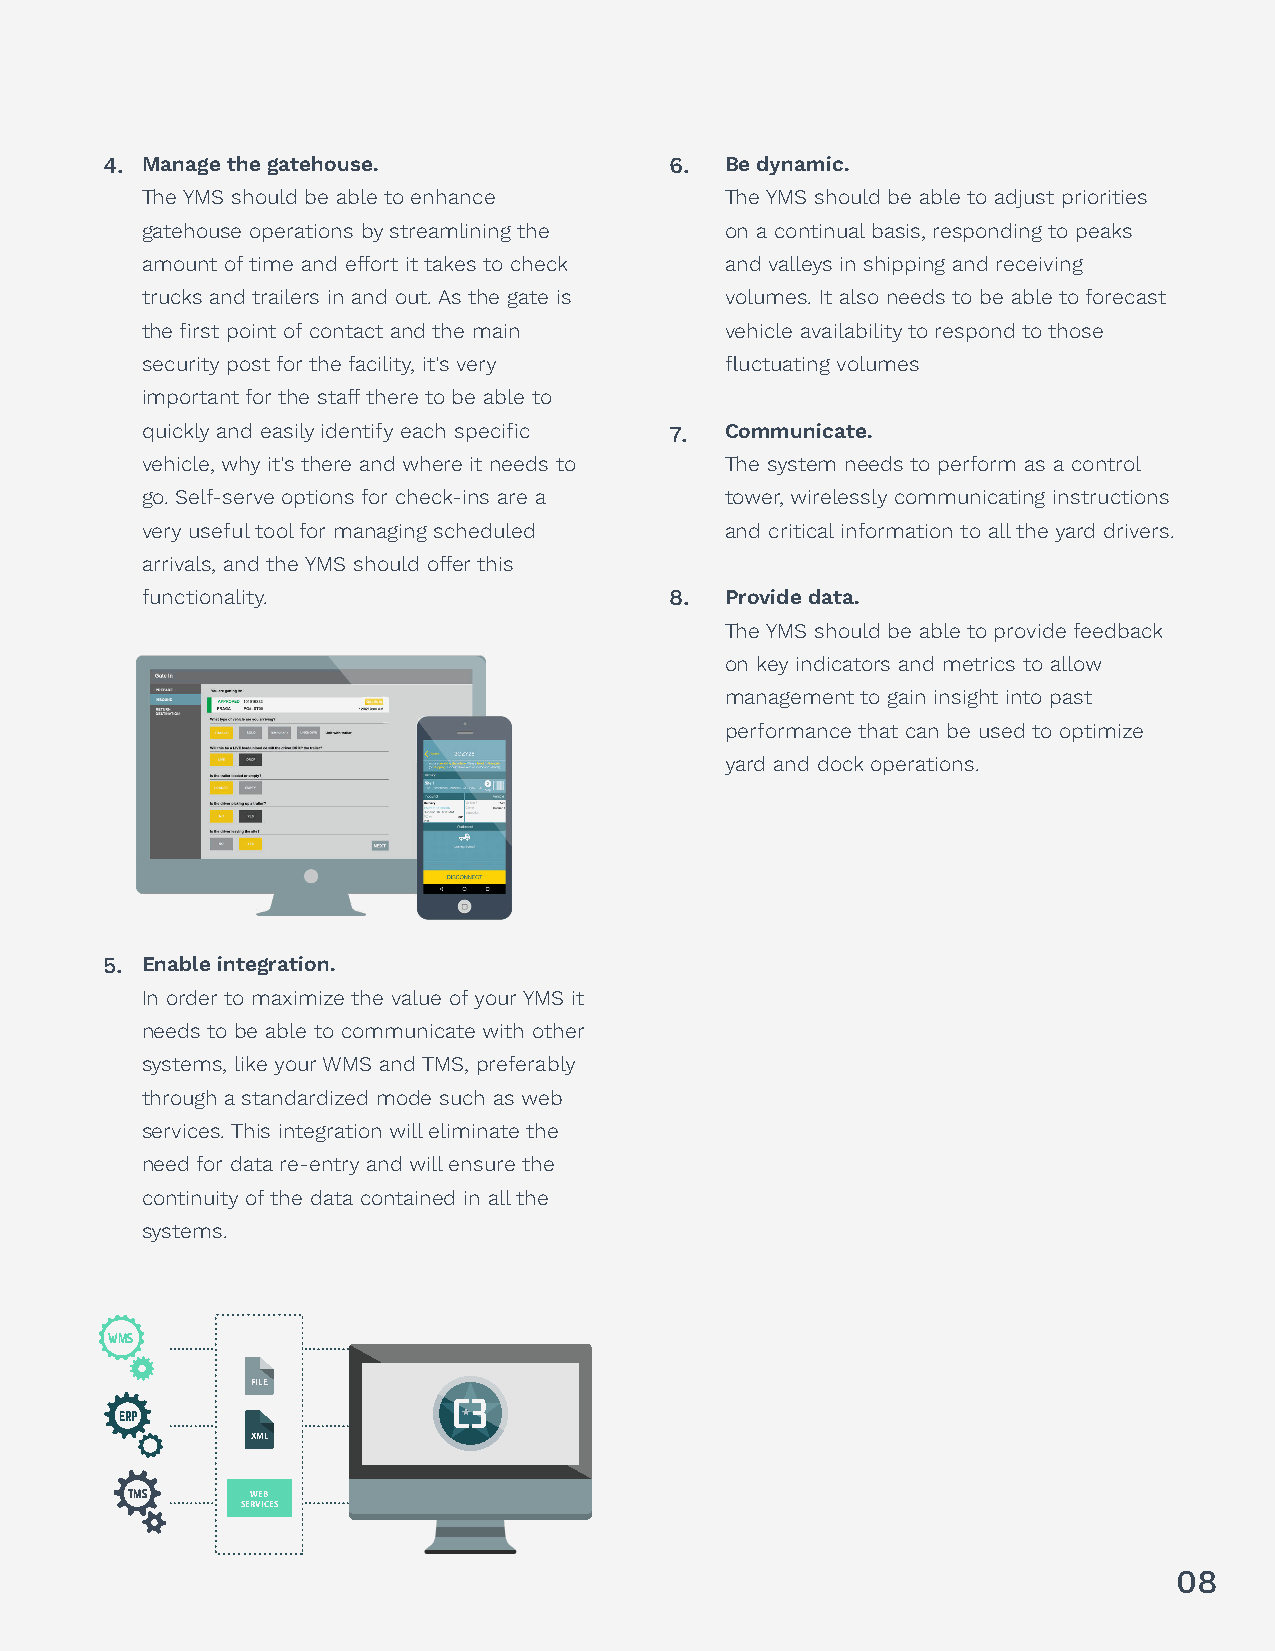
4. Manage the gatehouse.             6.  Be dynamic.
 The YMS should be able to enhance      The YMS should be able to adjust priorities
 gatehouse operations by streamlining the on a continual basis, responding to peaks
 amount of time and effort it takes to check and valleys in shipping and receiving
 trucks and trailers in and out. As the gate is volumes. It also needs to be able to forecast
 the first point of contact and the main vehicle availability to respond to those
 security post for the facility, it's very fluctuating volumes
 important for the staff there to be able to
 quickly and easily identify each specific 7. Communicate.
 vehicle, why it's there and where it needs to The system needs to perform as a control
 go. Self-serve options for check-ins are a tower, wirelessly communicating instructions
 very useful tool for managing scheduled and critical information to all the yard drivers.
 arrivals, and the YMS should offer this
 functionality.                     8.  Provide data.
 The YMS should be able to provide feedback
 on key indicators and metrics to allow
 management to gain insight into past
 performance that can be used to optimize
 yard and dock operations.
 5. Enable integration.
 In order to maximize the value of your YMS it
 needs to be able to communicate with other
 systems, like your WMS and TMS, preferably
 through a standardized mode such as web
 services. This integration will eliminate the
 need for data re-entry and will ensure the
 continuity of the data contained in all the
 systems.
 WWMMSS
 FILE
 EERRPP
 XML
 TMS      WEB
 SERVICES
 08